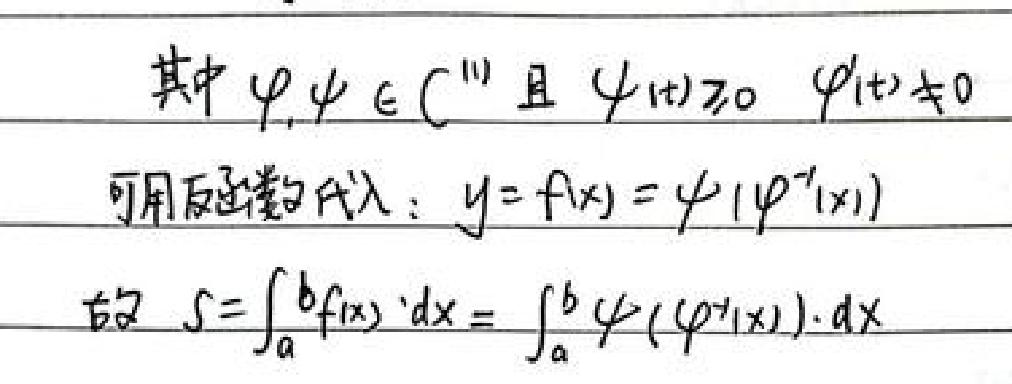
其中 $\varphi, \psi \in C^{(1)}$ 且 $\psi(t)\geq0$ $\varphi'(t)\neq0$
可用反函数代入：$y = f(x)=\psi(\varphi^{-1}(x))$
故 $S=\int_{a}^{b}f(x) \,dx=\int_{a}^{b}\psi(\varphi^{-1}(x)) \,dx$